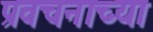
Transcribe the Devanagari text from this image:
प्रवचनाच्या